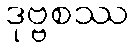
ဒုဗ္ဗစဿ